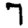
Digit: 7